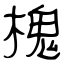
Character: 槐